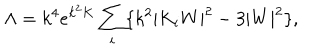
LaTeX: \Lambda = k ^ { 4 } e ^ { k ^ { 2 } K } \sum _ { i } \{ k ^ { 2 } | K _ { i } W | ^ { 2 } - 3 | W | ^ { 2 } \} ,